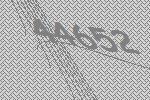
44652